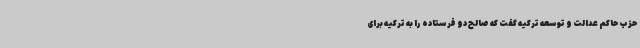
حزب حاکم عدالت و توسعه ترکیه گفت که صالح دو فرستاده را به ترکیه برای